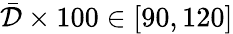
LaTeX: \bar{\mathcal{D}}\times 100\in[90,120]